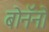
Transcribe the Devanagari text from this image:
बोनॅनो